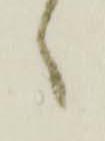
々